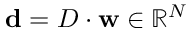
\mathbf { d } = D \cdot \mathbf { w } \in \mathbb { R } ^ { N }